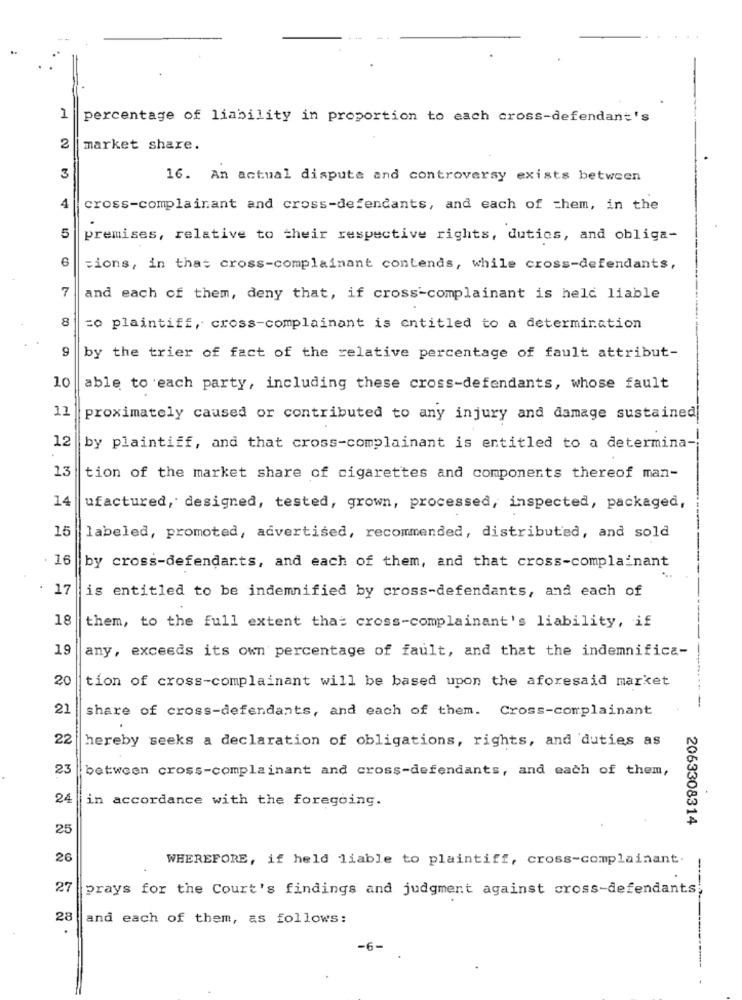
1
percentage of liability in proportion to each cross-defendant's
2
market share.
3
16. An actual dispute and controversy exists between
4
cross-complainant and cross-defendants, and each of them, in the
5
premises, relative to their respective rights, dutics, and obliga-
=ions, in that cross-complainant contends, while cross-defendants,
7
and each of them, deny that, if cross-complainant is held liable
8
=o plaintiff, cross-complainant is entitled to a determination
9
by the trier of fact of the relative percentage of fault attribut-
10
able to each party, including these cross-defendants, whose fault
11
proximately caused or contributed to any injury and damage sustained
12
by plaintiff, and that cross-complainant is entitled to a determina-
13
tion of the market share of cigarettes and components thereof man-
14
ufactured, designed, tested, grown, processed, inspected, packaged,
15
labeled, promoted, advertised, recommended, distributed, and sold
16
by cross-defendants, and each of them, and that cross-complainant
17
is entitled to be indemnified by cross-defendants, and each of
18
them, to the full extent that cross-complainant's liability, if
19
any, exceeds its own percentage of fault, and that the indemnifica-
20
tion of cross-complainant will be based upon the aforesaid market
21
share of cross-defendants, and each of them. Cross-complainant
22
hereby seeks a declaration of obligations, rights, and duties as
23
between cross-complainant and cross-defendants, and each of them,
24
in accordance with the foregoing.
2063308314
25
26
WHEREFORE, if held liable to plaintiff, cross-complainant.
---
27
prays for the Court's findings and judgment against cross-defendants;
28
and each of them, as follows:
-6-